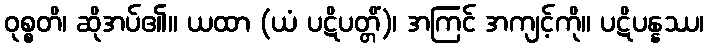
ဝုစ္စတိ၊ ဆိုအပ်၏။ ယထာ (ယံ ပဋိပတ္တိံ)၊ အကြင် အကျင့်ကို။ ပဋိပန္နဿ၊